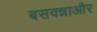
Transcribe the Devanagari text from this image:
बसवन्नाऔर